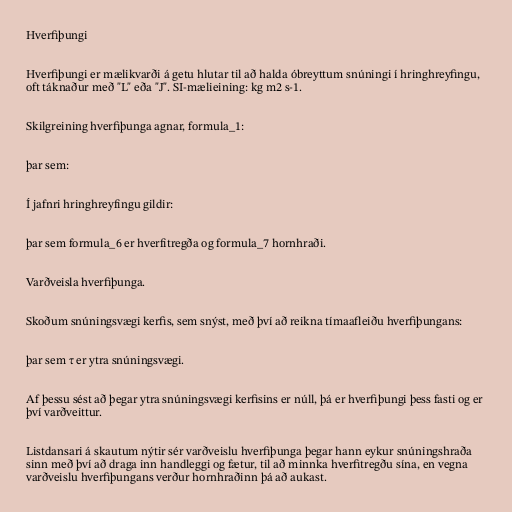
Hverfiþungi

Hverfiþungi er mælikvarði á getu hlutar til að halda óbreyttum snúningi í hringhreyfingu,
oft táknaður með "L" eða "J". SI-mælieining: kg m2 s-1.

Skilgreining hverfiþunga agnar, formula_1:

þar sem:

Í jafnri hringhreyfingu gildir:

þar sem formula_6 er hverfitregða og formula_7 hornhraði.

Varðveisla hverfiþunga.

Skoðum snúningsvægi kerfis, sem snýst, með því að reikna tímaafleiðu hverfiþungans:

þar sem τ er ytra snúningsvægi.

Af þessu sést að þegar ytra snúningsvægi kerfisins er núll, þá er hverfiþungi þess fasti og er
því varðveittur.

Listdansari á skautum nýtir sér varðveislu hverfiþunga þegar hann eykur snúningshraða
sinn með því að draga inn handleggi og fætur, til að minnka hverfitregðu sína, en vegna
varðveislu hverfiþungans verður hornhraðinn þá að aukast.